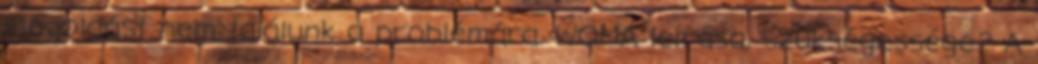
megoldást nem találunk a problémára. WOMA leírása, szükségessége? A